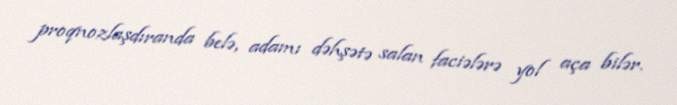
proqnozlaşdıranda belə, adamı dəhşətə salan faciələrə yol aça bilər.